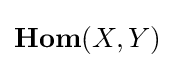
{\textbf {Hom}}(X,Y)